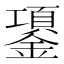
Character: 𰽈